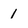
Character: 1